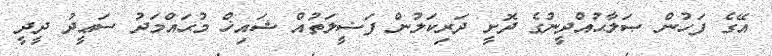
އޭގެ ފަހުން ޞަލާޙުއްދީނުގެ ދޮށީ ދަރިކަލުން ފަޟީލަތުއް ޝައިޚް މުޙައްމަދު ސަޢީދު ދީދީ